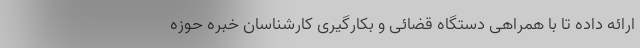
ارائه داده تا با همراهی دستگاه قضائی و بکارگیری کارشناسان خبره حوزه